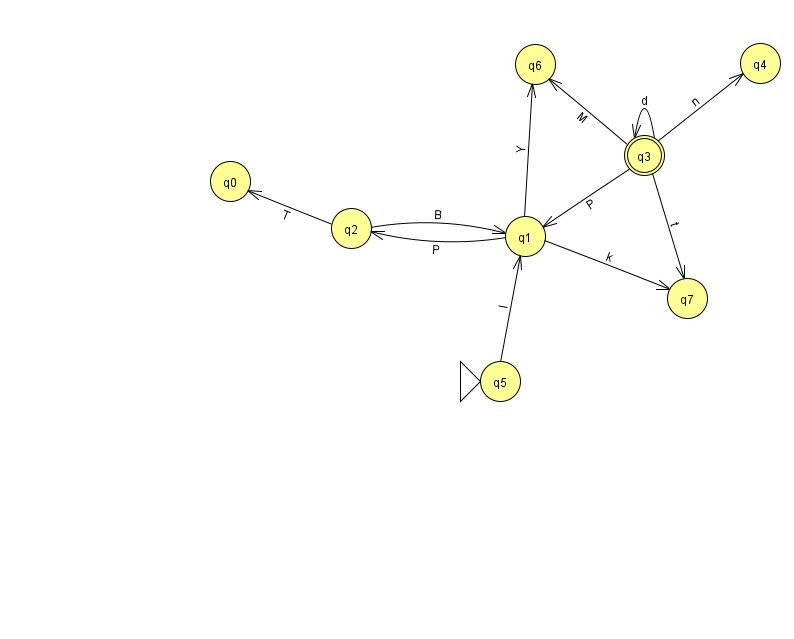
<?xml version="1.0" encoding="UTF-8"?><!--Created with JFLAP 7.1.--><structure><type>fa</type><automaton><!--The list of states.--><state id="0" name="q0"><x>230.0</x><y>168.0</y></state><state id="1" name="q1"><x>525.0</x><y>223.0</y></state><state id="2" name="q2"><x>351.0</x><y>215.0</y></state><state id="3" name="q3"><x>644.0</x><y>142.0</y><final/></state><state id="4" name="q4"><x>760.0</x><y>50.0</y></state><state id="5" name="q5"><x>500.0</x><y>368.0</y><initial/></state><state id="6" name="q6"><x>535.0</x><y>51.0</y></state><state id="7" name="q7"><x>687.0</x><y>285.0</y></state><!--The list of transitions.--><transition><from>2</from><to>0</to><read>T</read></transition><transition><from>3</from><to>4</to><read>n</read></transition><transition><from>1</from><to>2</to><read>P</read></transition><transition><from>3</from><to>3</to><read>d</read></transition><transition><from>1</from><to>7</to><read>k</read></transition><transition><from>2</from><to>1</to><read>B</read></transition><transition><from>5</from><to>1</to><read>l</read></transition><transition><from>3</from><to>1</to><read>P</read></transition><transition><from>1</from><to>6</to><read>Y</read></transition><transition><from>3</from><to>6</to><read>M</read></transition><transition><from>3</from><to>7</to><read>t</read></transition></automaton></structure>